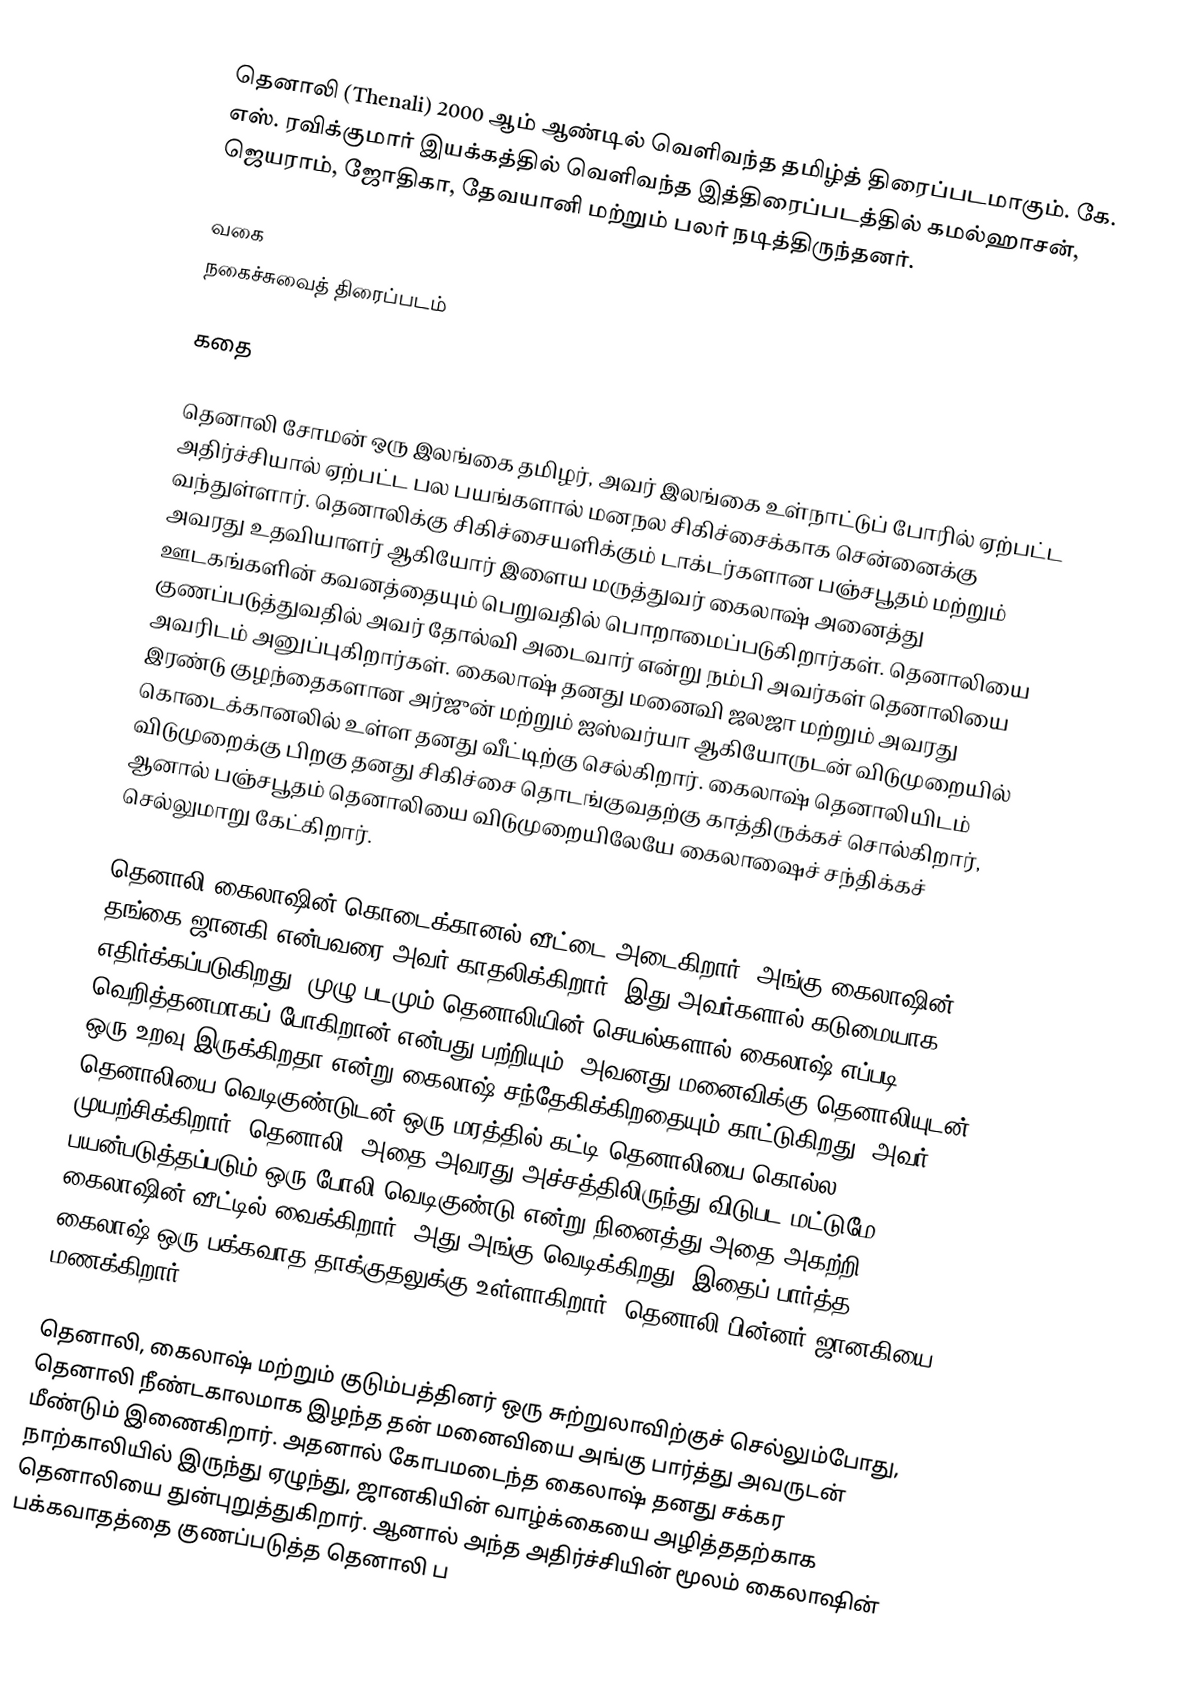
தெனாலி (Thenali) 2000 ஆம் ஆண்டில் வெளிவந்த தமிழ்த் திரைப்படமாகும். கே. எஸ். ரவிக்குமார் இயக்கத்தில் வெளிவந்த இத்திரைப்படத்தில் கமல்ஹாசன், ஜெயராம், ஜோதிகா, தேவயானி மற்றும் பலர் நடித்திருந்தனர்.

வகை
நகைச்சுவைத் திரைப்படம்

கதை

தெனாலி சோமன் ஒரு இலங்கை தமிழர், அவர் இலங்கை உள்நாட்டுப் போரில் ஏற்பட்ட அதிர்ச்சியால் ஏற்பட்ட பல பயங்களால் மனநல சிகிச்சைக்காக சென்னைக்கு வந்துள்ளார். தெனாலிக்கு சிகிச்சையளிக்கும் டாக்டர்களான பஞ்சபூதம் மற்றும் அவரது உதவியாளர் ஆகியோர் இளைய மருத்துவர் கைலாஷ் அனைத்து ஊடகங்களின் கவனத்தையும் பெறுவதில் பொறாமைப்படுகிறார்கள். தெனாலியை குணப்படுத்துவதில் அவர் தோல்வி அடைவார் என்று நம்பி அவர்கள் தெனாலியை அவரிடம் அனுப்புகிறார்கள். கைலாஷ் தனது மனைவி ஜலஜா மற்றும் அவரது இரண்டு குழந்தைகளான அர்ஜுன் மற்றும் ஐஸ்வர்யா ஆகியோருடன் விடுமுறையில் கொடைக்கானலில் உள்ள தனது வீட்டிற்கு செல்கிறார். கைலாஷ் தெனாலியிடம் விடுமுறைக்கு பிறகு தனது சிகிச்சை தொடங்குவதற்கு காத்திருக்கச் சொல்கிறார், ஆனால் பஞ்சபூதம் தெனாலியை விடுமுறையிலேயே கைலாஷைச் சந்திக்கச் செல்லுமாறு கேட்கிறார்.

தெனாலி கைலாஷின் கொடைக்கானல் வீட்டை அடைகிறார். அங்கு கைலாஷின் தங்கை ஜானகி என்பவரை அவர் காதலிக்கிறார், இது அவர்களால் கடுமையாக எதிர்க்கப்படுகிறது. முழு படமும் தெனாலியின் செயல்களால் கைலாஷ் எப்படி வெறித்தனமாகப் போகிறான் என்பது பற்றியும், அவனது மனைவிக்கு தெனாலியுடன் ஒரு உறவு இருக்கிறதா என்று கைலாஷ் சந்தேகிக்கிறதையும் காட்டுகிறது. அவர் தெனாலியை வெடிகுண்டுடன் ஒரு மரத்தில் கட்டி தெனாலியை கொல்ல முயற்சிக்கிறார். தெனாலி, அதை அவரது அச்சத்திலிருந்து விடுபட மட்டுமே பயன்படுத்தப்படும் ஒரு போலி வெடிகுண்டு என்று நினைத்து அதை அகற்றி கைலாஷின் வீட்டில் வைக்கிறார். அது அங்கு வெடிக்கிறது. இதைப் பார்த்த கைலாஷ் ஒரு பக்கவாத தாக்குதலுக்கு உள்ளாகிறார். தெனாலி பின்னர் ஜானகியை மணக்கிறார்.

தெனாலி, கைலாஷ் மற்றும் குடும்பத்தினர் ஒரு சுற்றுலாவிற்குச் செல்லும்போது, தெனாலி நீண்டகாலமாக இழந்த தன் மனைவியை அங்கு பார்த்து அவருடன் மீண்டும் இணைகிறார். அதனால் கோபமடைந்த கைலாஷ் தனது சக்கர நாற்காலியில் இருந்து ஏழுந்து, ஜானகியின் வாழ்க்கையை அழித்ததற்காக தெனாலியை துன்புறுத்துகிறார். ஆனால் அந்த அதிர்ச்சியின் மூலம் கைலாஷின் பக்கவாதத்தை குணப்படுத்த தெனாலி ப